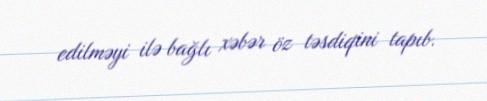
edilməyi ilə bağlı xəbər öz təsdiqini tapıb.